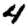
Digit: 4